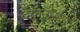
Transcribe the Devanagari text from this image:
दफनागया